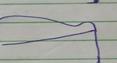
Signature authenticity: forged